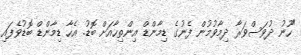
"ހޫނު ދުވަސްވަރާ ދިމާވުމުން ފެނުގެ ޑިމާންޑް އިންތިހާއަށް ބޮޑު. އެހާ ޑިމާންޑް ބޮޑުވެފައި